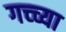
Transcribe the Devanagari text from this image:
गच्च्या